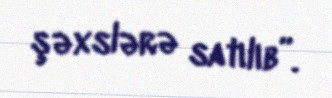
şəxslərə satılıb”.